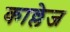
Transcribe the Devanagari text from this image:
काल्लेज